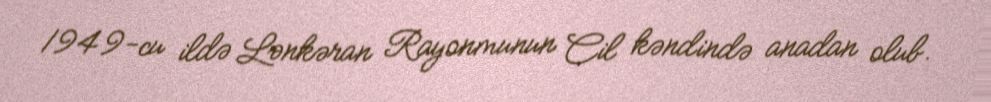
1949-cu ildə Lənkəran Rayonmunun Cil kəndində anadan olub.